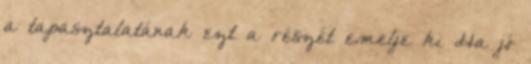
a tapasztalatának ezt a részét emelje ki Ha jó